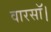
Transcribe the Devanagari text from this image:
वारसॉ।